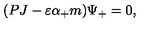
( P J - \varepsilon \alpha _ { + } m ) \Psi _ { + } = 0 ,